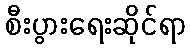
စီးပွားရေးဆိုင်ရာ